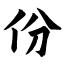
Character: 份